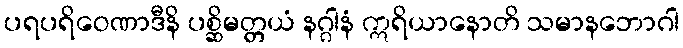
ပရပရိဝေဏာဒီနိ ပစ္ဆိမတ္တယံ နဂ္ဂါနံ ဣရိယာနောတိ သမာနဘောဂါ